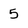
Character: 5